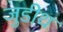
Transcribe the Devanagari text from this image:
जुडीथ